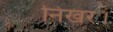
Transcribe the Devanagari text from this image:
निखर।